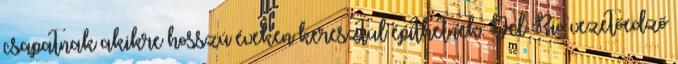
csapatnak akikre hosszú éveken keresztül építhetnek. Del Rio vezetőedző